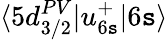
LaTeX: \langle5d_{3/2}^{PV}|u_{6\mathtt{s}}^{+}|6\mathtt{s}\rangle